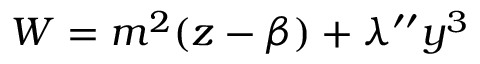
W = m ^ { 2 } ( z - \beta ) + \lambda ^ { \prime \prime } y ^ { 3 }